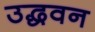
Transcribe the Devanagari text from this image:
उद्धवन